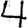
Digit: 4